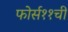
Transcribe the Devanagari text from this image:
फोर्स११ची